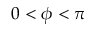
0 < \phi < \pi